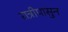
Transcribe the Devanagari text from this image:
रात्रीपासुन